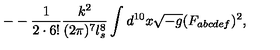
- - \frac { 1 } { 2 \cdot 6 ! } \frac { k ^ { 2 } } { ( 2 \pi ) ^ { 7 } l _ { s } ^ { 8 } } \int d ^ { 1 0 } x \sqrt { - g } ( F _ { a b c d e f } ) ^ { 2 } ,